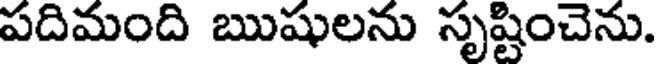
పదిమంది ఋషులను సృష్టించెను.